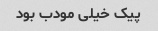
پیک خیلی مودب بود